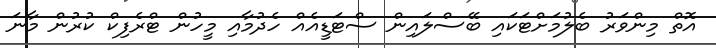
އޮތް މިންވަރު ބެލުމަށްޓަކައި ބޭސްލައިން ސްޓަޑީއެއް ހެދުމާއި މީހުން ޓްރެފިކް ކުރުން މާނަ